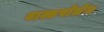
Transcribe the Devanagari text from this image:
वाल्डपोलेंज